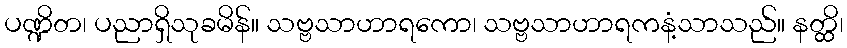
ပဏ္ဍိတ၊ ပညာရှိသုခမိန်။ သဗ္ဗသာဟာရကော၊ သဗ္ဗသာဟာရကနံ့သာသည်။ နတ္ထိ၊